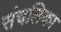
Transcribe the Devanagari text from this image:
संचलिका